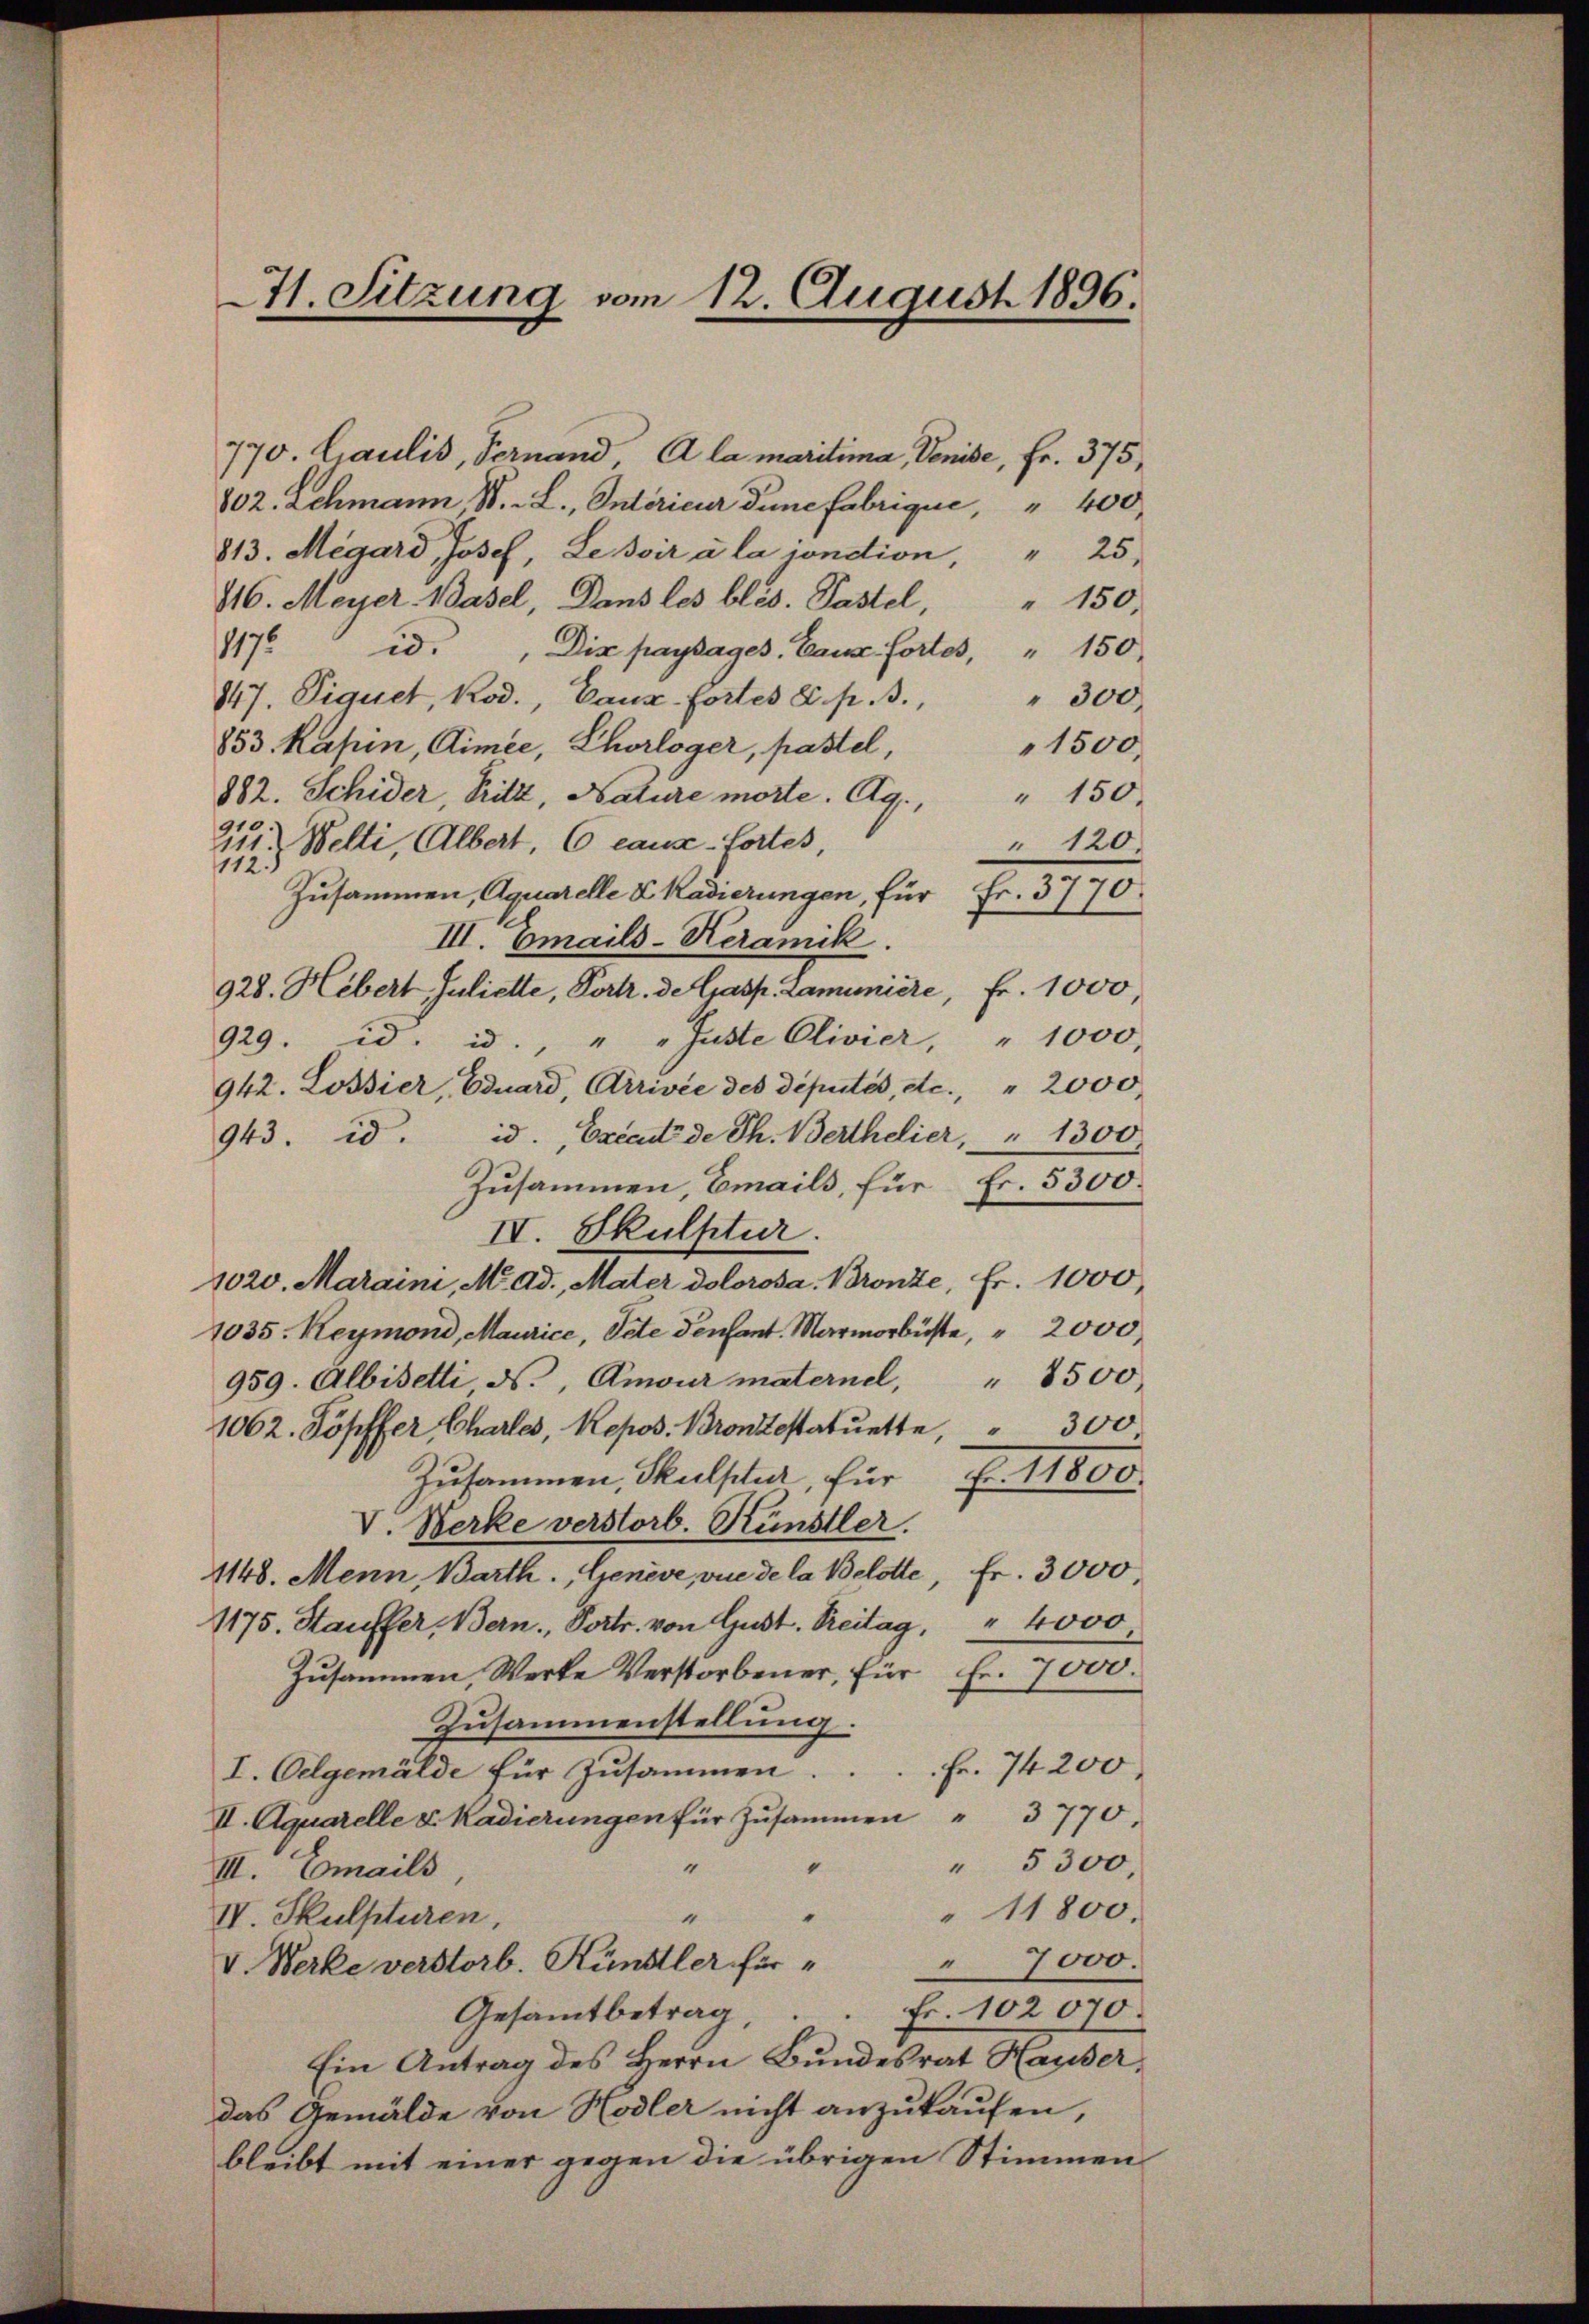
71. Sitzung vom 12. August 1896.

170. Craulis, Vernand, A la maritima, Venise, Fr. 375,
802. Schmann, St. L., Intérieur Dune fabrique, " 400
813. Megard Josef, Lessir à la condion, " 25
116. Meyer. Basel, Dans les bles. Pastel " 150.
1175
id. Die paysages Ganz fortes, " 150.
847. Siquet, Kod., Canz-Fortes E. p. 3.,
" 300
853. Rapin, Cimee, Chorloger, pastel,
1500.
882. Schider, Pritz, Nature morte. Ag. " 150.
Zu Welti, Albert. 6 cause-fortes,
" 120.
112.
Zusammen, Aquarelle & Kadierungen, für Fr. 3770.
III. Emails-Keramik
928. Hebert Juliette, Portr. de Gasp. Laminiere, Fr. 1000,
929. d. d. " " Jüste Olivier, " 1000.
942. Lossier, Eduard, Arrivée des députés, etc., " 2000.
943. d. d. Excent de Th. Berthelier, " 1300.
Zusammen, Emails, für Fr. 5300.
IV. Skulptur.
1020. Maraini, M. Ad., Mater dolorosa. Bronze, Fr. 1000,
1035. Reymond, Maurice, Pete denfant. Marmorbüste, " 2000
959. Albisetti ds., Amour maternel, " 8500
1062. Topffer Chartes, Repos. Brontestatuette, 300
Zusammen, Skulptur, für Fr. 11800.
V. Werke verstorb. Künstler.
4148. Menn, Barth., Genève, vie de la Belotte, fr. 3000,
1175. Stauffer, Bern, Portr. von Gust. Treitag, " 4000
Zusammen Werke Verstorbener, für Fr. 7000.
Zusammenstellung.
Fr. 74200.
I. Oelgemälde für Zusammen
II. Aquarelle v. Kadierungen für Zŭsammen " 3770.
" 5300,
"
“
III. Emails
"11800.
“
IV. Skulpturen,
" 7000.
V. Werke verstorb. Künstler für
Fr. 102070.
Gesammtbetrag
Ein Antrag des Herrn Bŭndesrat Hauser,
das Gemälde von Hodler nicht anzukaufen,
bleibt mit einer gegen die übrigen Stimmen